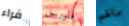
فراء فلوريس مالهم